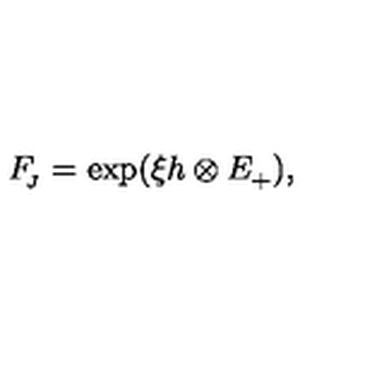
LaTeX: F _ { \! _ { J } } = \exp ( \xi h \otimes E _ { + } ^ { } ) ,